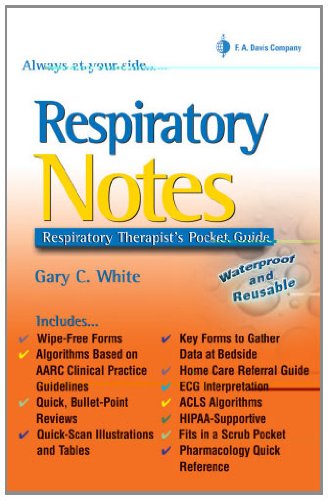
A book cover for Respiratory Notes: Respiratory Therapist's Pocket Guide (Davis's Notes); Gary C. White MEd  RRT  RPFT; Medical Books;